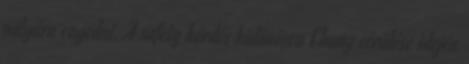
pályára engedni. A safety kérdés különösen Chung sérülése idején